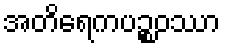
အတိရေကပဉ္စဝဿာ